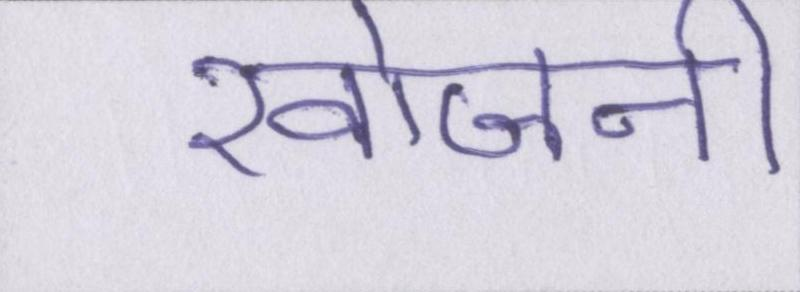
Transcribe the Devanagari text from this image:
खोजनी